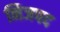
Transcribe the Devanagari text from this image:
निजपद